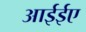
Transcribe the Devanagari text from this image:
आईईए